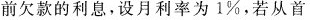
前欠款的利息，设月利率为1%，若从首